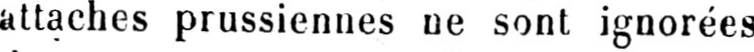
attaches prussiennes ne sont ignorées